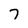
Character: 7